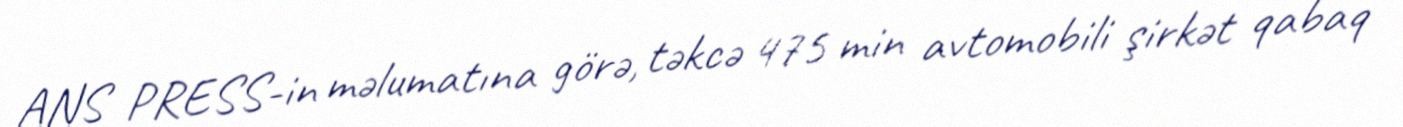
ANS PRESS-in məlumatına görə, təkcə 475 min avtomobili şirkət qabaq